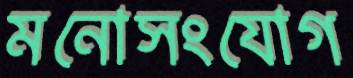
মনোসংযোগ